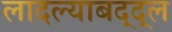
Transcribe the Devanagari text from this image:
लादल्याबद्द्ल